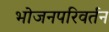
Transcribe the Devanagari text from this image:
भोजनपरिवर्तन